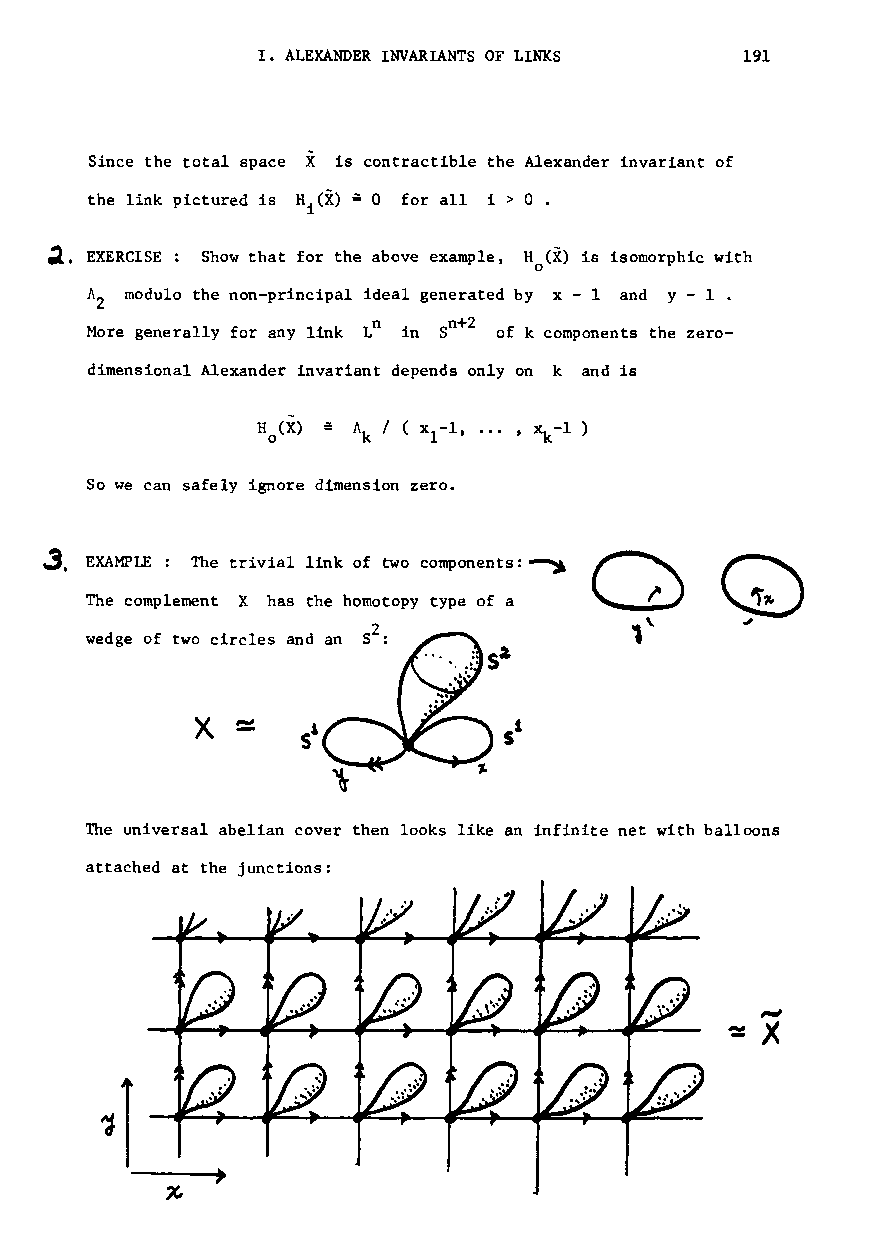
I. ALEXANDER INVARIANTS OF LINKS 191
 Since the total space X is contractible the Alexander invariant of
 =
 the link pictured is Hi(X) 0 for all i > 0 .
 .2. EXERCISE : Show that for the above example, H (X) is isomorphic with
 o
 A modulo the non-principal ideal generated by x-I and y - 1 .
 2
 n
 More generally for any link L in Sn+2 of k components the zero-
 dimensional Alexander invariant depends only on k and is
 H (X)
 o
 So we can safely ignore dimension zero.
 3. EXAMPLE: 'The trivial link of two components: ~
 The complement X has the homotopy type of a
 wedge of two circles and an 52:
 The universal abelian cover then looks like an infinite net with balloons
 attached at the junctions: